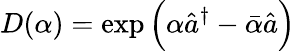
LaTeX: D(\alpha)=\exp\Big(\alpha\hat{a}^{\dagger}-\bar{\alpha}\hat{a}\Big)